Scottish Certificate of Education, 1963
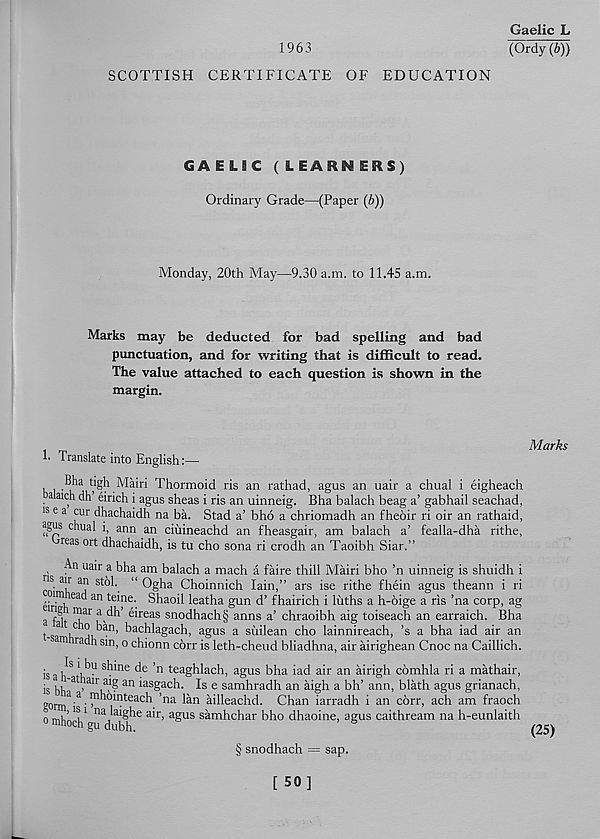
1963
Gaelic L
(Ordy (b))
SCOTTISH CERTIFICATE OF EDUCATION
GAEL9C ( LEARNERS)
Ordinary Grade—(Paper (6))
Monday, 20th May—9.30 a.m. to 11.45 a.m.
Marks may be deducted for bad spelling and bad
punctuation, and for writing that is difficult to read.
The value attached to each question is shown in the
margin.
!• Translate into English:—
Bha tigh Mairi Thormoid ris an rathad, agus an uair a chual i eigheach
alaich dh eirich i agus sheas i ris an uinneig. Bha balach beag a’ gabhail seachad,
is e a cur dhachaidh na ba. Stad a’ bho a chriomadh an fheoir ri oir an rathaid,
sgus chual i, ann an ciiiineachd an f'heasgair, am balach a’ fealla-dha rithe,
reas ort dhachaidh, is tu cho sona ri crodh an Taoibh Siar.”
ris
Ua * r > a
am balach a mach a faire thill Mairi bho ’n uinneig is shuidh i
on' air an stol. “ Ogha Choinnich Iain,” ars ise rithe fhein agus theann i ri
i:™ lea<a an te^ne - Shaoil leatha gun d’ fhairich i luths a h-6ige a ris ’na corp, ag
Marks
eir *gh mar a dh’ eireas snodhach§ anns a’ chraoibh aig toiseach an earraich. Bha
t-sa h C ai,' 3 ™’ bachk g ach . agus a siiilean cho lainnireach, ’s a bha iad air an
m rack S1 n, o chionn corr is leth-cheud bliadhna, air airighean Cnoc na Caillich.
j Sa
sb ' ne de ’n teaghlach, agus bha iad air an airigh comhla ri a mathair,
is bh at > air rf' 1 ? an ks g acb - Is e samhradh an aigh a bh’ ann, blath agus grianach,
gorm 3 ,a '
’ na lan ailleachd. Chan iarradh i an corr, ach am fraoch
0 mhocl/g 11^ bh 16 a^r ’ a^US sambcbar bbo dhaoine, agus caithream na h-eunlaith
§ snodhach = sap.
(25)
[ 50]